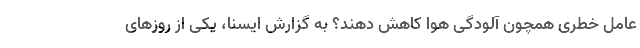
عامل خطری همچون آلودگی هوا کاهش دهند؟ به گزارش ایسنا،‌ یکی از روزهای